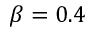
\beta = 0 . 4